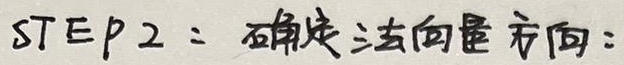
STEP 2：确定法向量方向：